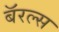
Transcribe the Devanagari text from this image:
बॅरल्स